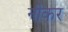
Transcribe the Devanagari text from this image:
नीकर